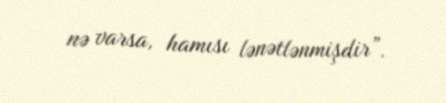
nə varsa, hamısı lənətlənmişdir”.